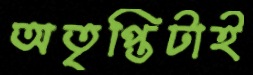
অতৃপ্তিটাই